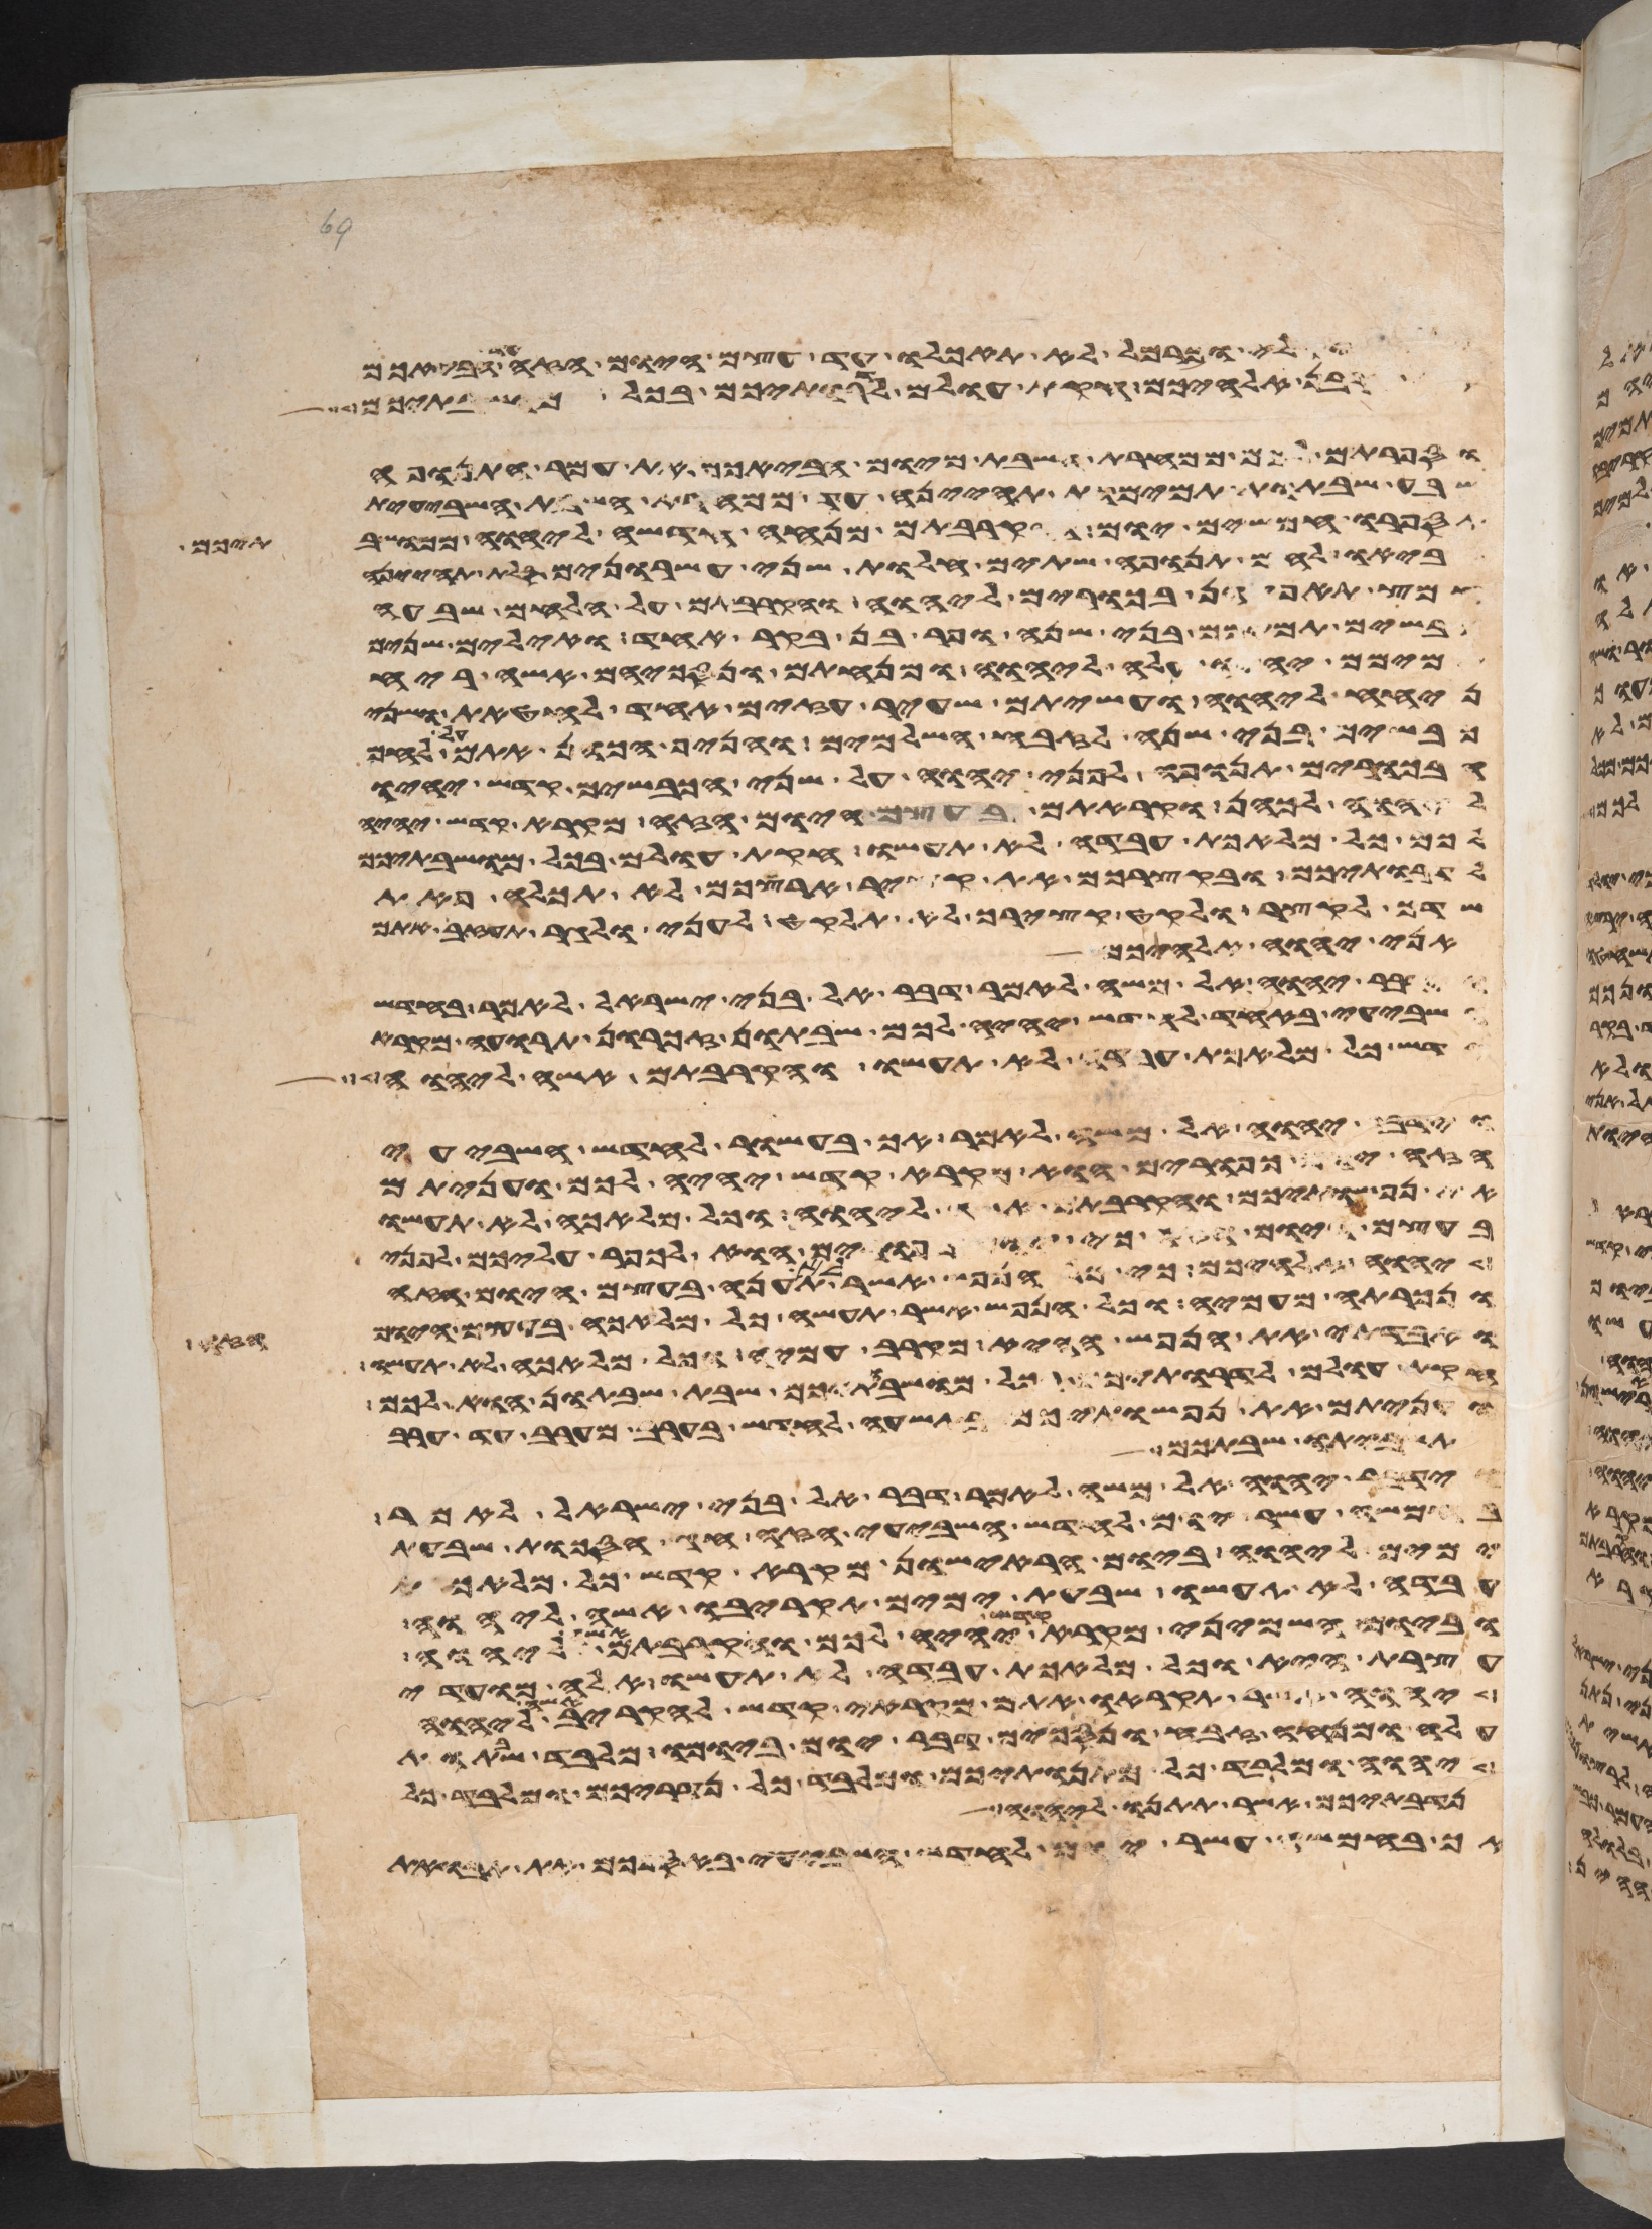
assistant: וקלי וכרמל לא תאכלו עד עצם היום הזה עד הבאכם
קרבן אלהיכם חקת עולם לדרתיכם בכל מושבתיכם
וספרתם לכם ממחרת השבת מיום הבאכם את עמר התנופה
שבע שבתות תמימות תהיינה עד ממחרת השבת השביעית
תספרו חמשים יום והקרבתם מנחה חדשה ליהוה ממושבתיכם
תביאו לחם תנופה שתים חלות שני עשרנים סלת תהינה
חמץ תאפינה בכורים ליהוה והקרבתם על הלחם שבעה
כבשים תמימם בני שנה ופר בן בקר אחד ואילים שנים
תמימם יהיו עלה ליהוה ומנחתם ונסכיהם אשה ריח
ניחח ליהוה ועשיתם שעיר עזים אחד לחטאת ושני
כבשים בני שנה לזבח השלמים והניף הכהן אתם על לחם
הבכורים תנופה לפני יהוה על שני הכבשים קדש יהיו
ליהוה לכהן וקראתם בעצם היום הזה מקרא קדש יהיה
לכם כל מלאכת עבדה לא תעשו חקות עולם בכל מושבתיכם
לדרתיכם ובקצירכם את קציר ארצכם לא תכלה פאת
שדך לקצר ולקט קצירך לא תלקט לעני ולגר תעזב אתם
אני יהוה אלהיכם
וידבר יהוה אל משה לאמר דבר אל בני ישראל לאמר בחדש
השביעי באחד לחדש יהיה לכם שבתון זכרון תרועה מקרא
קדש כל מלאכת עבדה לא תעשו והקרבתם אשה ליהוה
וידבר יהוה אל משה לאמר אך בעשור לחדש השביעי
הזה יום כפורים הוא מקרא קדש יהיה לכם ועניתם
את נפשתיכם והקרבתם אשה ליהוה וכל מלאכה לא תעשו
בעצם היום הזה כי יום כפורים הוא לכפר עליכם לפני
יהוה אלהיכם כי כל הנפש אשר לא תענה בעצם היום הזה
ונכרתה מעמיה וכל הנפש אשר תעשה כל מלאכה בעצם היום
ואבדתי את הנפש ההיא מקרב עמיה וכל מלאכה לא תעשו
חקות עולם לדרתיכם בכל מושבתיכם שבת שבתון הוא לכם
ועניתם את נפשתיכם בתשעה לחדש בערב מערב עד ערב
תשביתו שבתכם
וידבר יהוה אל משה לאמר דבר אל בני ישראל לאמר
בחמשה עשר יום לחדש השביעי הזה חג הסכות שבעת
ימים ליהוה ביום הראישון מקרא קדש כל מלאכת
עבדה לא תעשו שבעת ימים תקריבו אשה ליהוה
וביום השמיני מקרא קדש יהיה לכם והקרבתם אשה ליהוה
עצרת היא וכל מלאכת עבדה לא תעשו אלה מועדי
יהוה אשר תקראו אתם מקראי קדש להקריב אשה ליהוה
עלה ומנחה זבח ונסכים דבר יום ביומו מלבד שבתות
יהוה ומלבד כל מתנתיכם ומלבד כל נדריכם ומלבד כל
נדבתיכם אשר תתנו ליהוה
אך בחמשה עשר יום לחדש השביעי באספכם את תבואת